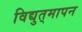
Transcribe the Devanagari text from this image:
विद्युत्‌मापन